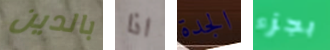
بالدين اذا الجدة بجزء